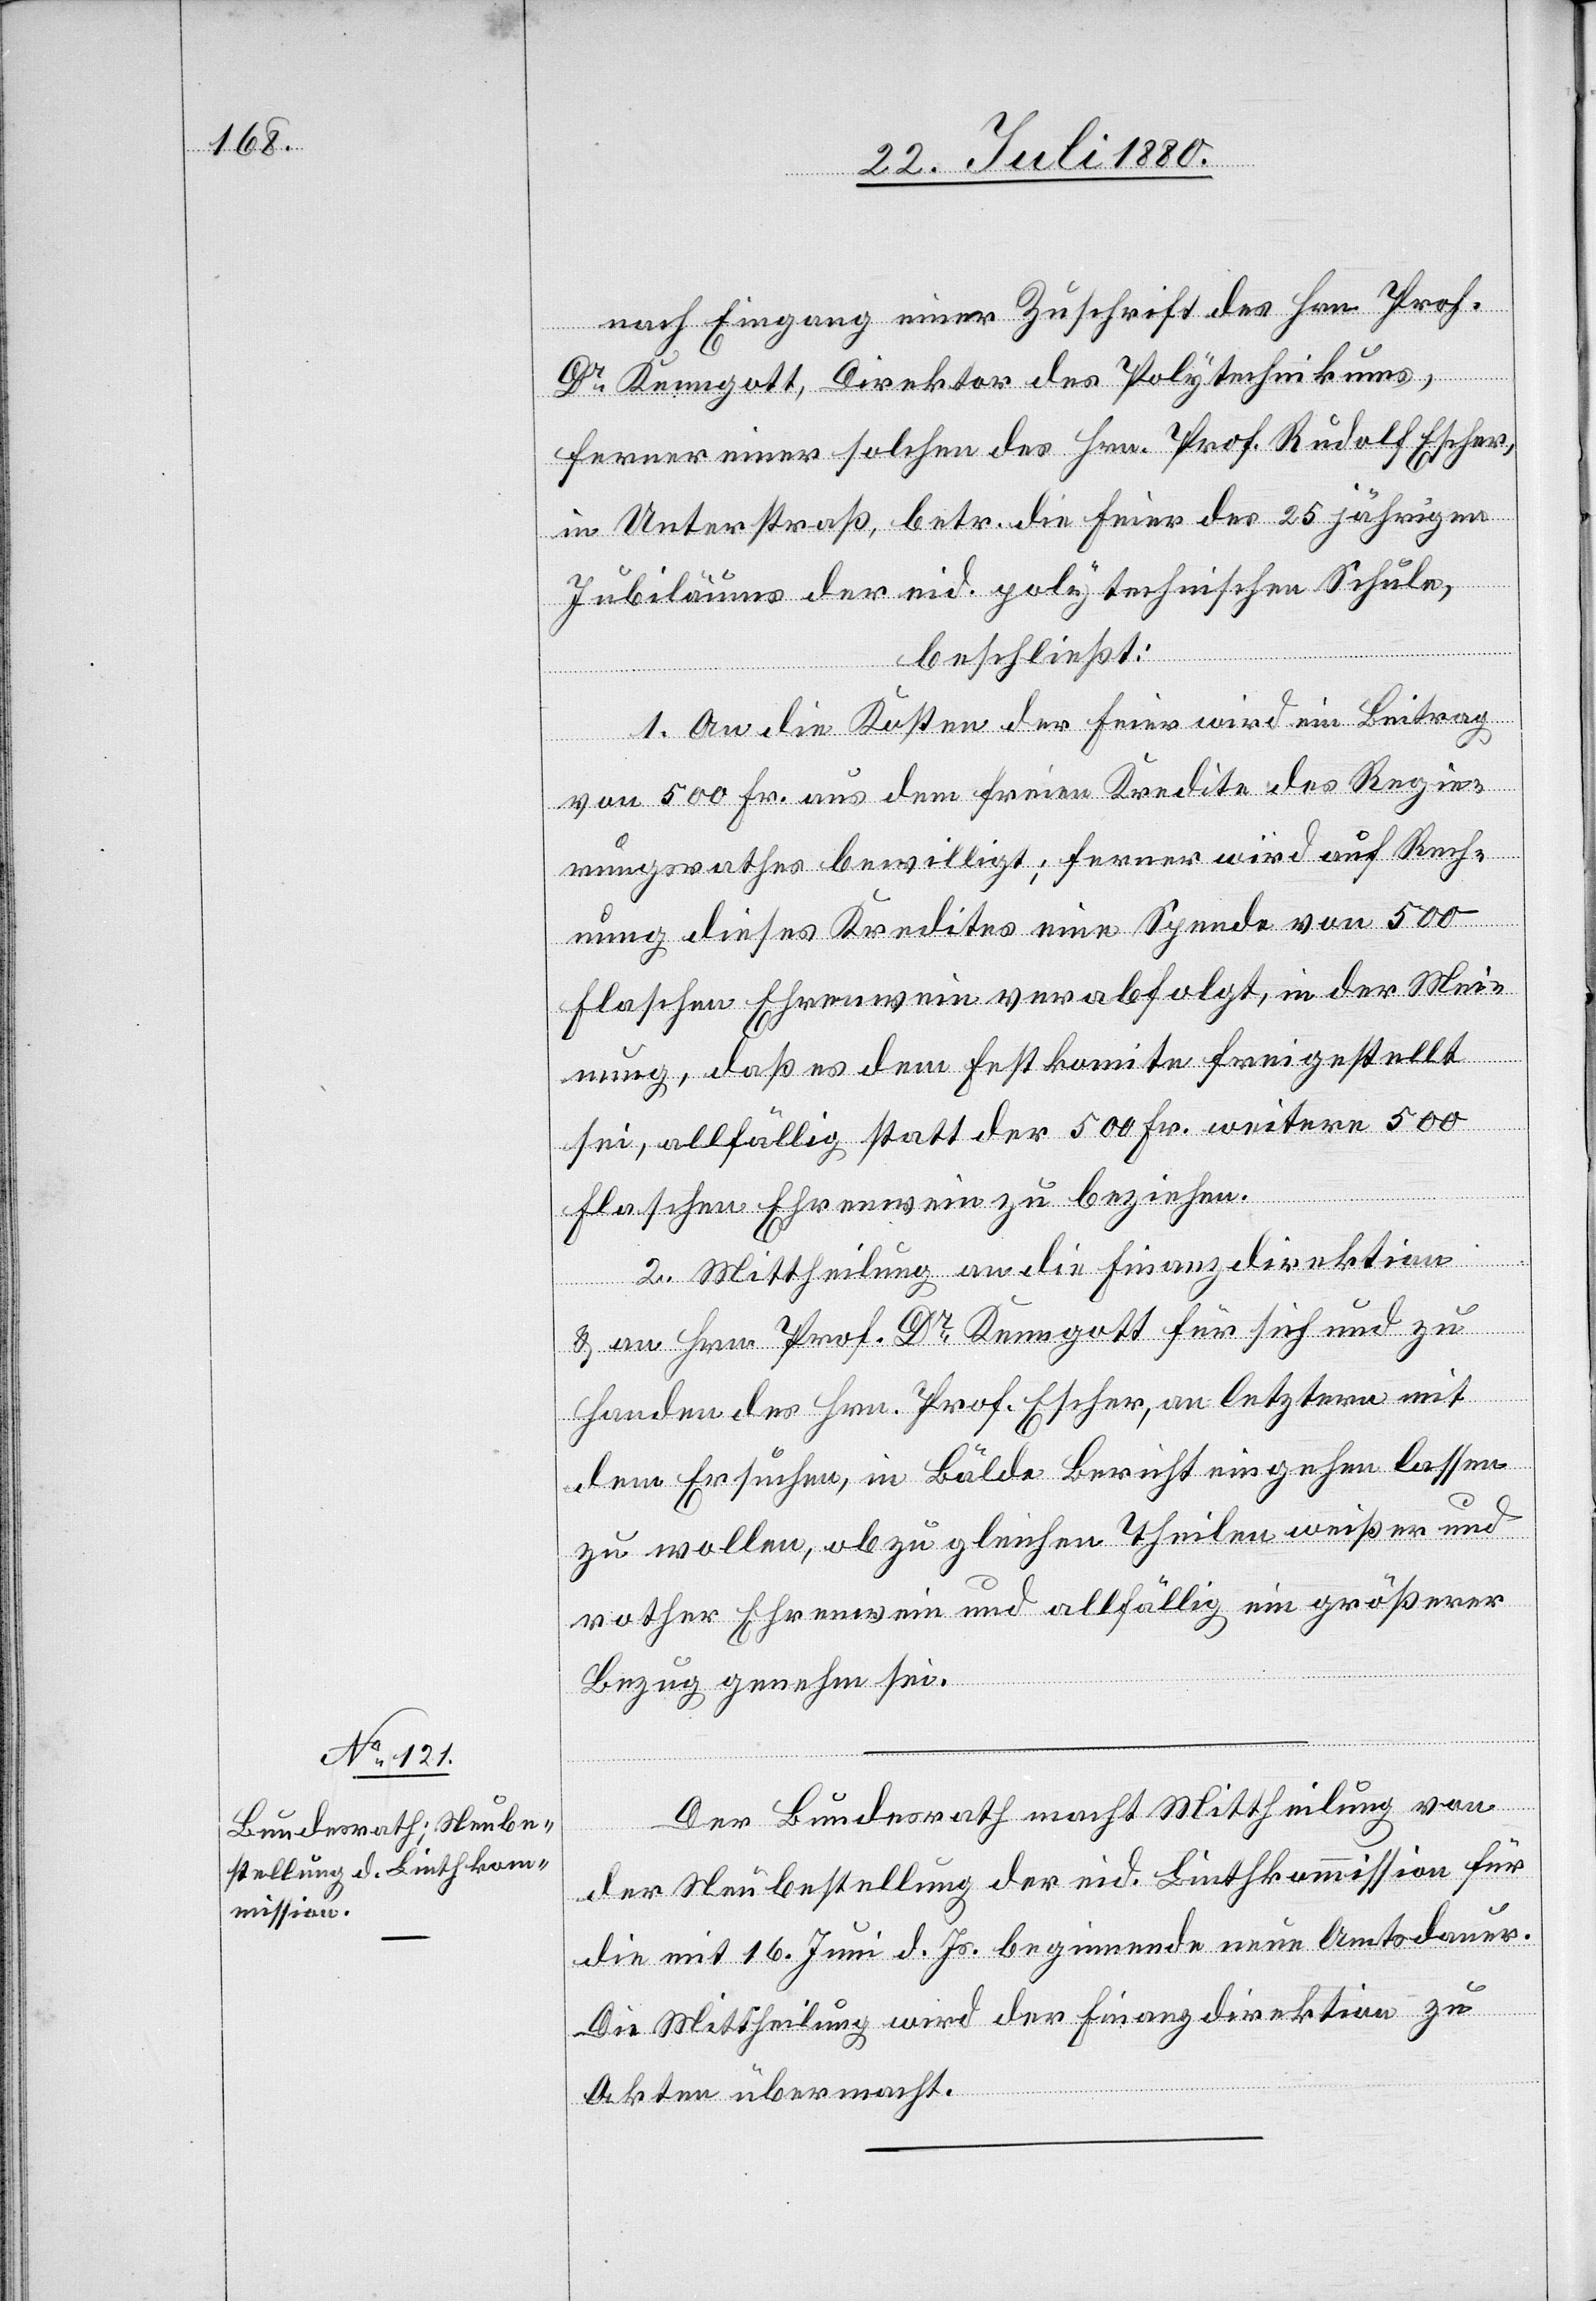
nach Eingang einer Zuschrift des Hrn. Prof.
Dr Kenngott, Direktor des Polytechnikums,
ferner einer solchen des Hrn. Prof. Rudolf Escher,
in Unterstraß, betr. die Feier des 25 jährigen
Jubiläums der eid. polytechnischen Schule,
beschließt:
1. An die Kosten der Feier wir ein Beitrag
von 500 Fr. aus dem freien Kredite des Regie¬
rungsrathes bewilligt; ferner wird auf Rech¬
nung dieses Kredites eine Spende von 500
Flaschen Ehrenwein verabfolgt, in der Mei¬
nung, daß es dem Festkomite freigestellt
sei, allfällig statt der 500 Fr. weitere 500
Flaschen Ehrenwein zu beziehen.
2. Mittheilung an die Finanzdirektion
& an Hrn. Prof. Dr Kenngott für sich und zu
Handen des Hrn. Prof. Escher, an letzteren mit
dem Ersuchen, in Bälde Bericht eingehen lassen
zu wollen, ob zu gleichen Theilen weißer und
rother Ehrenwein und allfällig ein größerer
Bezug genehm sei.
Der Bundesrath macht Mittheilung von
der Neubestellung der eid. Linthkommission für
die mit 16. Juni d. Js. beginnende neue Amtsdauer.
Die Mittheilung wird der Finanzdirektion zu
Akten übermacht.